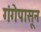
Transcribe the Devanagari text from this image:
गंगेपासून